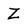
Character: Z